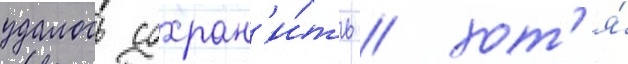
удалось сохран'и́ть / хот'я́